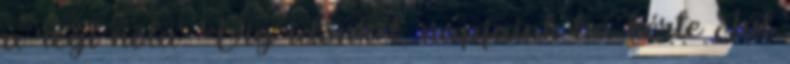
a régi nóta. Víg időnket, napjaink ha kérte Túl